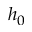
h _ { 0 }